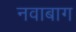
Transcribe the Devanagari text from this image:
नवाबाग